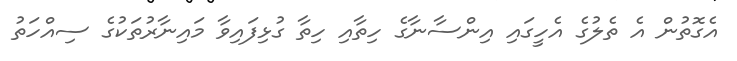
އެގޮތުން އެ ތެލުގެ އެހީގައި އިންސާނާގެ ހިތާއި ހިތާ ގުޅިފައިވާ މައިނާރުތަކުގެ ސިއްހަތު